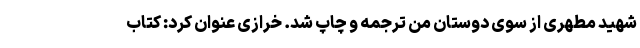
شهید مطهری از سوی دوستان من ترجمه و چاپ شد. خرازی عنوان کرد: کتاب